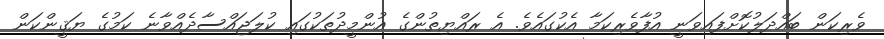
ވެރިކަން ބައްދަލުކޮށްފައިވަނީ އުފާވެރިކަމާ އެކުގައެވެ. އެ ރައްޔިތުންގެ އުންމީދުތަކުގައި ކުލަޖައްސާދެއްވާނެ ކަމުގެ ޔަޤީންކަން